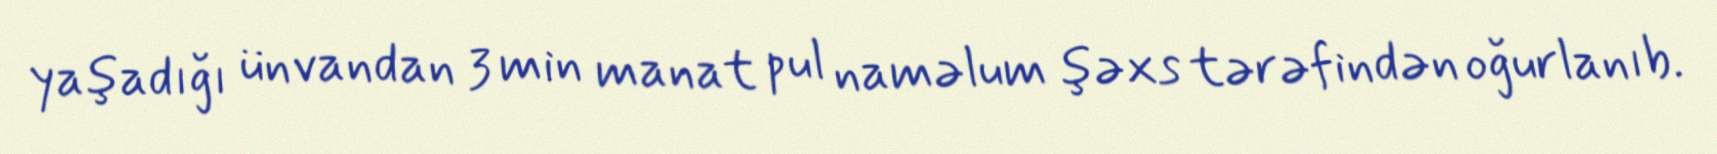
yaşadığı ünvandan 3 min manat pul naməlum şəxs tərəfindən oğurlanıb.